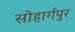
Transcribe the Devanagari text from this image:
सोहार्गपुर